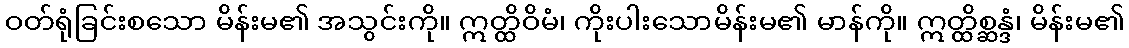
ဝတ်ရုံခြင်းစသော မိန်းမ၏ အသွင်းကို။ ဣတ္ထိဝိမံ၊ ကိုးပါးသောမိန်းမ၏ မာန်ကို။ ဣတ္ထိစ္ဆန္ဒံ၊ မိန်းမ၏